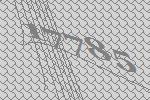
17785